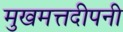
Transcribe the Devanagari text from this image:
मुखमत्तदीपनी